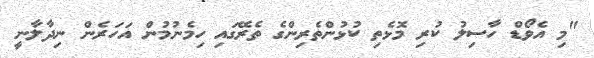
"މި އެވޯޑް ހާސިލު ކުރި މޮޅެތި ކުޅުންތެރިންގެ ތެރޭގައި ހިމެނުމުން އަހަރެން ނިދާލާނީ